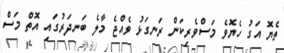
ތެޔޮ އަގު ހެޔޮވެ މަސްވެރިކަން ރަނގަޅު ވެއްޖެ މާލެ ބަނދަރުގައި އޮތް މަސް